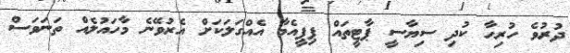
ދުރުވެ ހުރިހާ ކުދި ސިޔާސީ ޕާޓީތައް ޕިޕީއެމާ އެއްގަލަކަށް އެރުވޭނެ މާހައުލެއް ތަނަވަސް